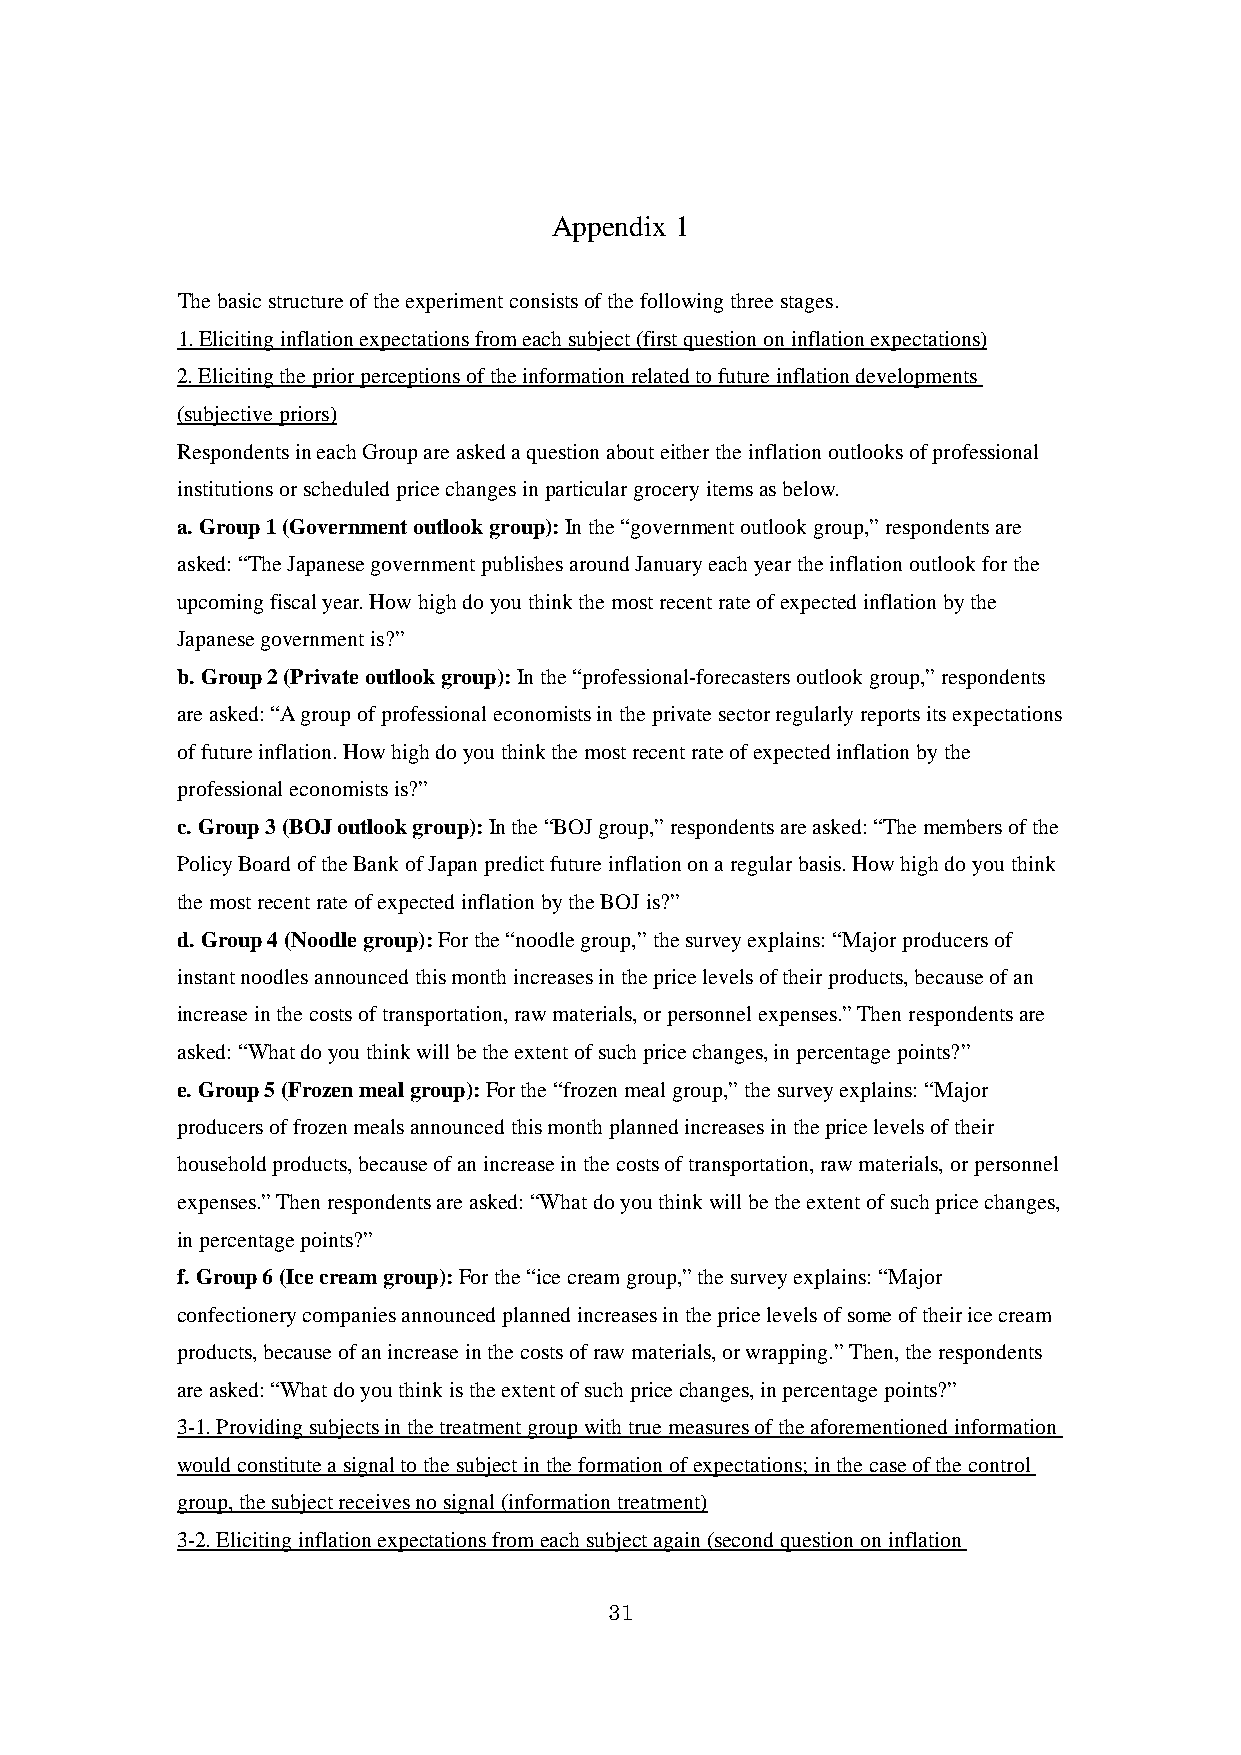
Appendix 1
 The basic structure of the experiment consists of the following three stages.
 1. Eliciting inflation expectations from each subject (first question on inflation expectations)
 2. Eliciting the prior perceptions of the information related to future inflation developments
 (subjective priors)
 Respondents in each Group are asked a question about either the inflation outlooks of professional
 institutions or scheduled price changes in particular grocery items as below.
 a. Group 1 (Government outlook group): In the “government outlook group,” respondents are
 asked: “The Japanese government publishes around January each year the inflation outlook for the
 upcoming fiscal year. How high do you think the most recent rate of expected inflation by the
 Japanese government is?”
 b. Group 2 (Private outlook group): In the “professional-forecasters outlook group,” respondents
 are asked: “A group of professional economists in the private sector regularly reports its expectations
 of future inflation. How high do you think the most recent rate of expected inflation by the
 professional economists is?”
 c. Group 3 (BOJ outlook group): In the “BOJ group,” respondents are asked: “The members of the
 Policy Board of the Bank of Japan predict future inflation on a regular basis. How high do you think
 the most recent rate of expected inflation by the BOJ is?”
 d. Group 4 (Noodle group): For the “noodle group,” the survey explains: “Major producers of
 instant noodles announced this month increases in the price levels of their products, because of an
 increase in the costs of transportation, raw materials, or personnel expenses.” Then respondents are
 asked: “What do you think will be the extent of such price changes, in percentage points?”
 e. Group 5 (Frozen meal group): For the “frozen meal group,” the survey explains: “Major
 producers of frozen meals announced this month planned increases in the price levels of their
 household products, because of an increase in the costs of transportation, raw materials, or personnel
 expenses.” Then respondents are asked: “What do you think will be the extent of such price changes,
 in percentage points?”
 f. Group 6 (Ice cream group): For the “ice cream group,” the survey explains: “Major
 confectionery companies announced planned increases in the price levels of some of their ice cream
 products, because of an increase in the costs of raw materials, or wrapping.” Then, the respondents
 are asked: “What do you think is the extent of such price changes, in percentage points?”
 3-1. Providing subjects in the treatment group with true measures of the aforementioned information
 would constitute a signal to the subject in the formation of expectations; in the case of the control
 group, the subject receives no signal (information treatment)
 3-2. Eliciting inflation expectations from each subject again (second question on inflation
 31